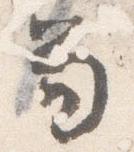
笏